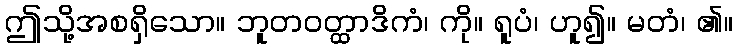
ဤသို့အစရှိသော။ ဘူတဝတ္ထာဒိကံ၊ ကို။ ရူပံ၊ ဟူ၍။ မတံ၊ ၏။